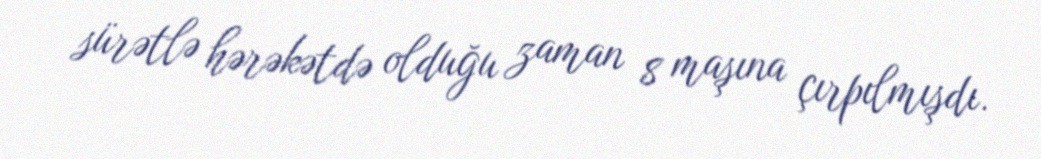
sürətlə hərəkətdə olduğu zaman 8 maşına çırpılmışdı.